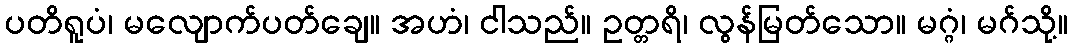
ပတိရူပံ၊ မလျောက်ပတ်ချေ။ အဟံ၊ ငါသည်။ ဥတ္တရိ၊ လွန်မြတ်သော။ မဂ္ဂံ၊ မဂ်သို့။